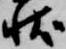
状